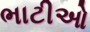
ભાટીઓ